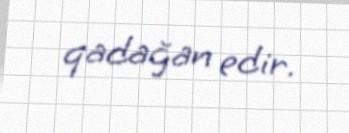
qadağan edir.